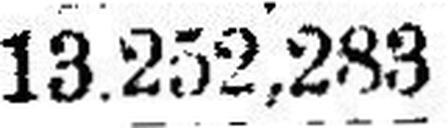
13.252,283